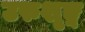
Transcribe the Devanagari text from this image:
उरुशृङ्ग